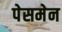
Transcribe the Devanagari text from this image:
पेसमेन